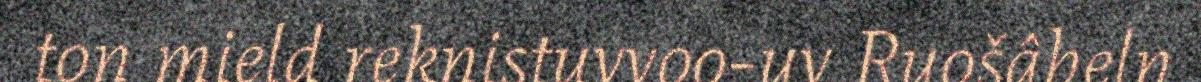
ton mield reknistuvvoo-uv Ruošâbeln